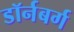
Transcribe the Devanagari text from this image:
डॉर्नबर्ग